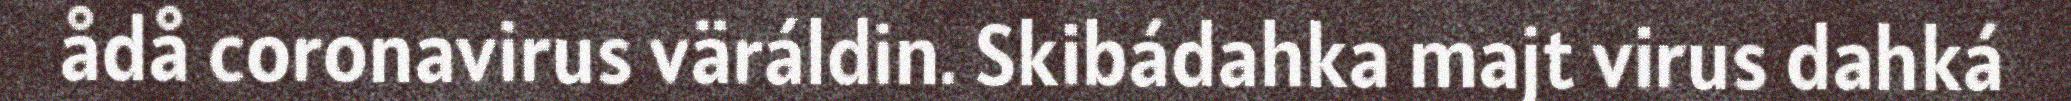
ådå coronavirus väráldin. Skibádahka majt virus dahká